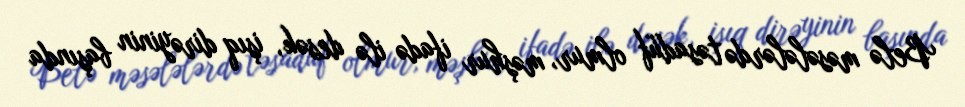
Belə məsələlərdə təsadüf olmur, məşhur ifadə ilə desək, işıq dirəyinin başında